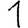
Digit: 1